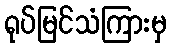
ရုပ်မြင်သံကြားမှ